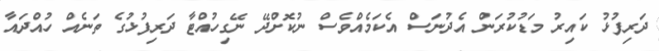
ދަރިފުޅު ކައިރު މަޑުކުރަން އެދުނަސް އެކަމެއްވެސް ނުކޮށްދޭ ނޭގިހުއްޓާ ދަރިފުޅުގެ ތަނެއް ހުއްދައާ